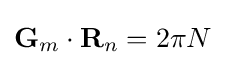
\mathbf {G} _{m}\cdot \mathbf {R} _{n}=2\pi N